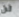
لن